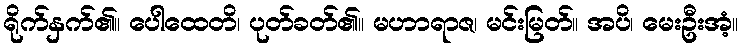
ရိုက်နှက်၏။ ပေါထေတိ၊ ပုတ်ခတ်၏။ မဟာရာဇ၊ မင်းမြတ်။ အပိ၊ မေးဦးအံ့။